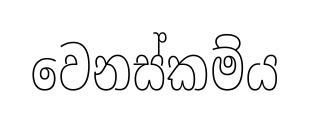
වෙනස්කම්ය